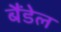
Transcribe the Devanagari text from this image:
बैंडेल